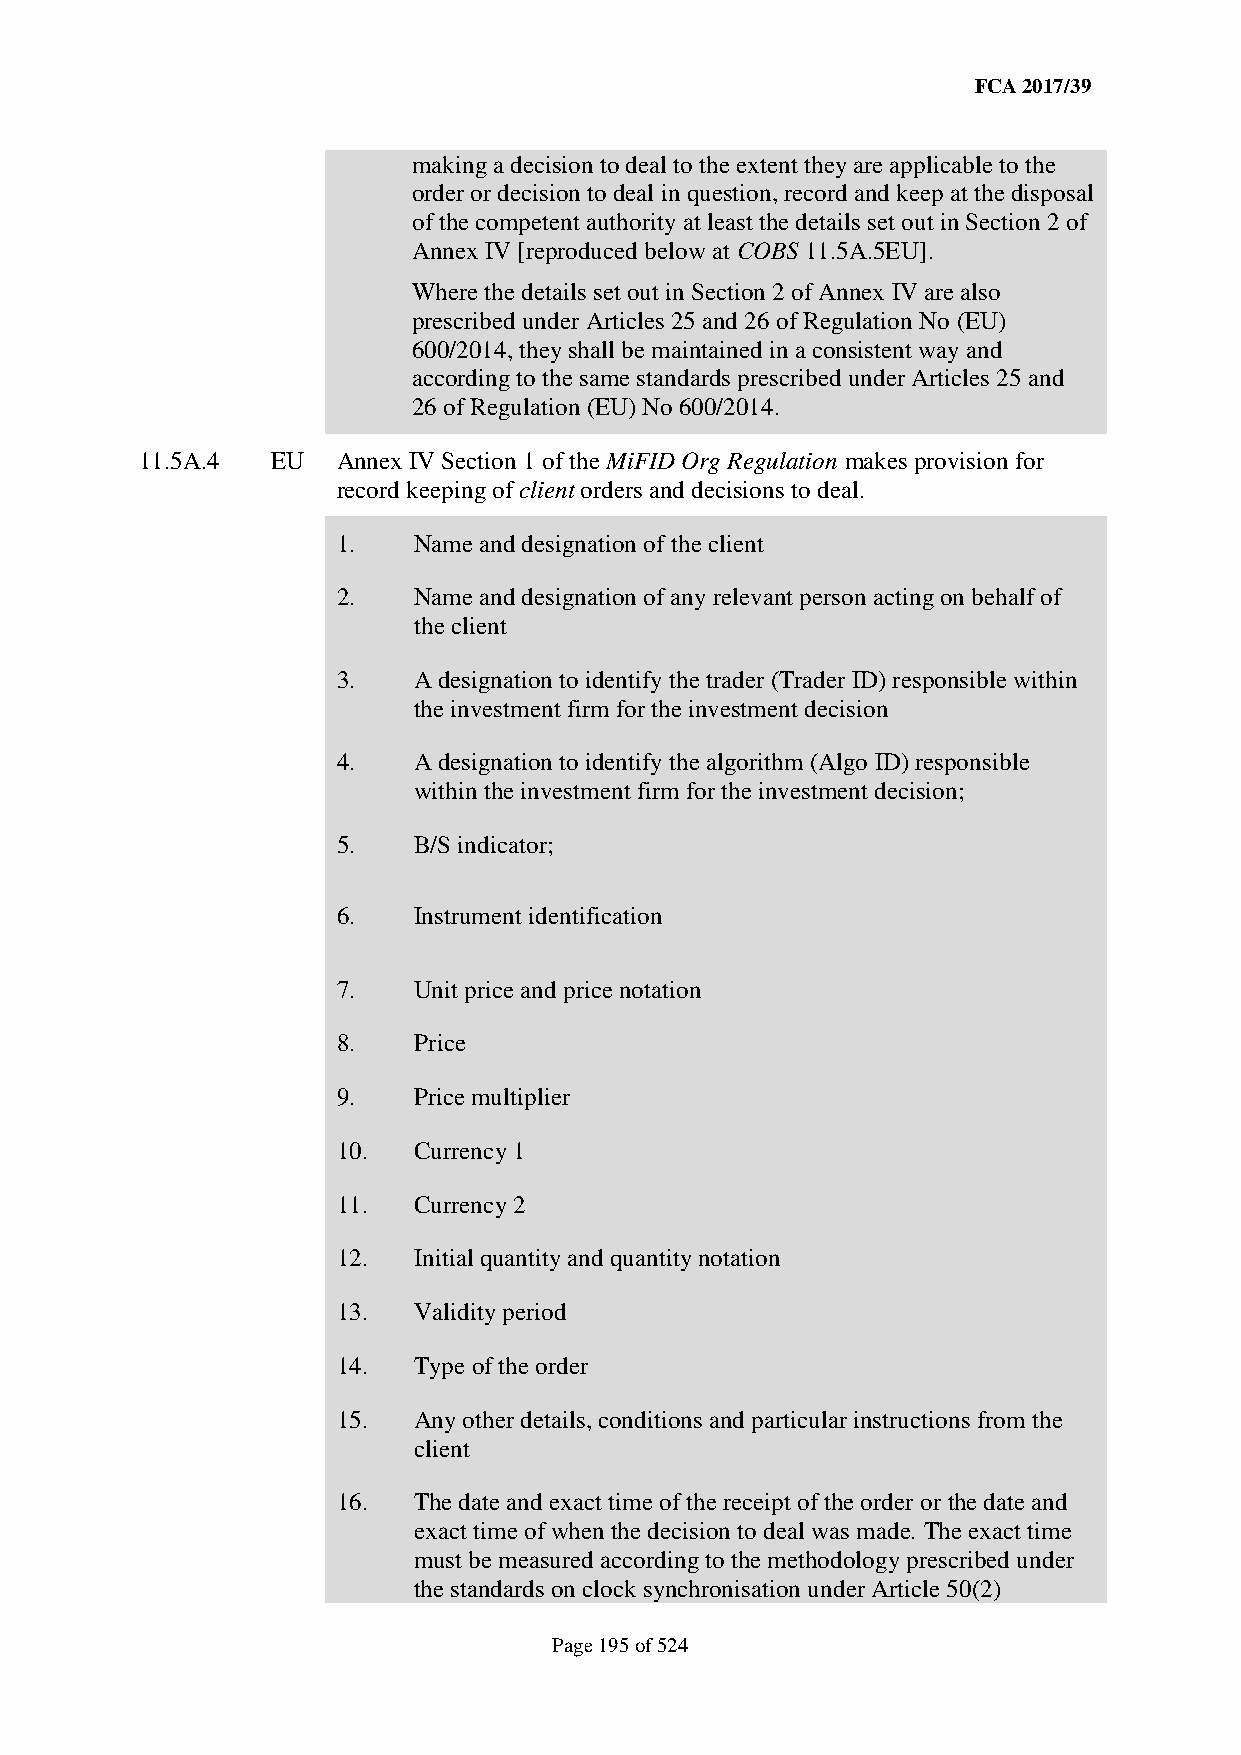
FCA 2017/39
 making a decision to deal to the extent they are applicable to the
 order or decision to deal in question, record and keep at the disposal
 of the competent authority at least the details set out in Section 2 of
 Annex IV [reproduced below at COBS 11.5A.5EU].
 Where the details set out in Section 2 of Annex IV are also
 prescribed under Articles 25 and 26 of Regulation No (EU)
 600/2014, they shall be maintained in a consistent way and
 according to the same standards prescribed under Articles 25 and
 26 of Regulation (EU) No 600/2014.
 11.5A.4  EU  Annex IV Section 1 of the MiFID Org Regulation makes provision for
 record keeping of client orders and decisions to deal.
 1.   Name and designation of the client
 2.   Name and designation of any relevant person acting on behalf of
 the client
 3.   A designation to identify the trader (Trader ID) responsible within
 the investment firm for the investment decision
 4.   A designation to identify the algorithm (Algo ID) responsible
 within the investment firm for the investment decision;
 5.   B/S indicator;
 6.   Instrument identification
 7.   Unit price and price notation
 8.   Price
 9.   Price multiplier
 10.  Currency 1
 11.  Currency 2
 12.  Initial quantity and quantity notation
 13.  Validity period
 14.  Type of the order
 15.  Any other details, conditions and particular instructions from the
 client
 16.  The date and exact time of the receipt of the order or the date and
 exact time of when the decision to deal was made. The exact time
 must be measured according to the methodology prescribed under
 the standards on clock synchronisation under Article 50(2)
 Page 195 of 524